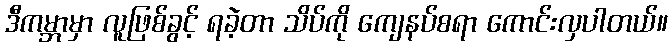
ဒီကမ္ဘာမှာ လူဖြစ်ခွင့် ရခဲ့တာ သိပ်ကို ကျေနပ်စရာ ကောင်းလှပါတယ်။